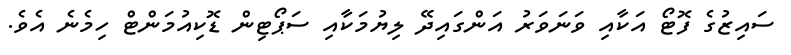
ސައިޒުގެ ފޮޓޯ އަކާއި ވަނަވަރު އަންގައިދޭ ލިޔުމަކާއި ސަޕޯޓިން ޑޮކިއުމަންޓް ހިމެނެ އެވެ.